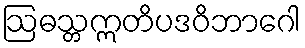
ဩဓသ္တဣတိပဒဝိဘာဂေါ